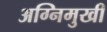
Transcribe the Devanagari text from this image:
अग्निमुखी